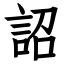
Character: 詔